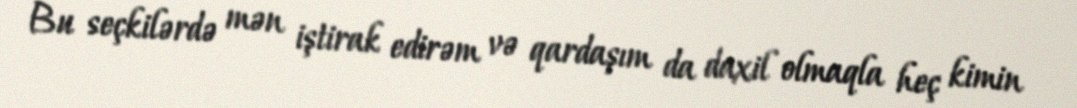
Bu seçkilərdə mən iştirak edirəm və qardaşım da daxil olmaqla heç kimin